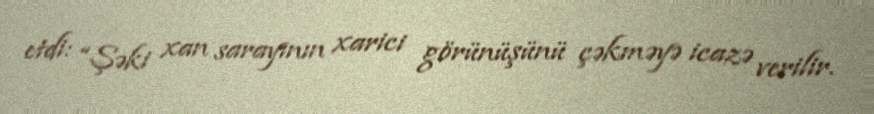
etdi: “Şəki xan sarayının xarici görünüşünü çəkməyə icazə verilir.